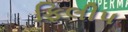
ફિલીપ